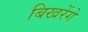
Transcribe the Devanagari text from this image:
बिखरेंगे